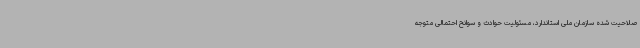
صلاحیت شده سازمان ملی استاندارد، مسئولیت حوادث و سوانح احتمالی متوجه